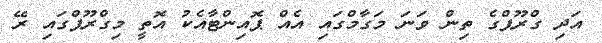
އަދި ގްރޫޕްގެ ތިން ވަނަ މަގާމްގައި އެއް ޕޮއިންޓާއެކު އޮތީ މިގްރޫޕްގައި ރޭ